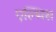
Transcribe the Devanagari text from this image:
एल्भिस